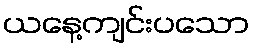
ယနေ့ကျင်းပသော